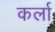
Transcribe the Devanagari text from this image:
कर्ला